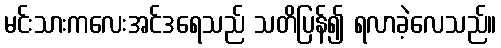
မင်းသားကလေးအင်ဒရေသည် သတိပြန်၍ ရလာခဲ့လေသည်။